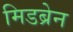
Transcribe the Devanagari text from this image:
मिडब्रेन